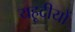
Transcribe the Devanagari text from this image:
यहूदीयों